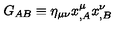
G _ { A B } \equiv \eta _ { \mu \nu } x _ { , A } ^ { \mu } x _ { , B } ^ { \nu }